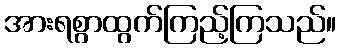
အားရစွာထွက်ကြည့်ကြသည်။